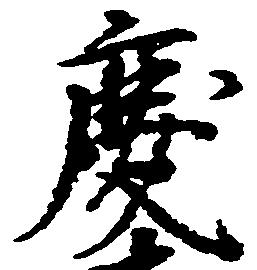
慶